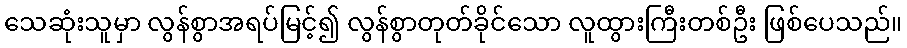
သေဆုံးသူမှာ လွန်စွာအရပ်မြင့်၍ လွန်စွာတုတ်ခိုင်သော လူထွားကြီးတစ်ဦး ဖြစ်ပေသည်။